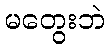
မတွေးဘဲ